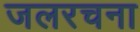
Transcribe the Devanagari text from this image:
जलरचना